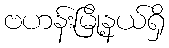
ဗဟန်းမြို့နယ်ရှိ